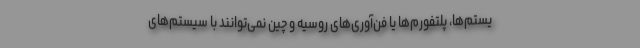
یستم‌ها، پلتفورم‌ها یا فن‌آوری‌های روسیه و چین نمی‌توانند با سیستم‌های